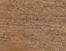
روزفيلت